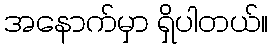
အနောက်မှာ ရှိပါတယ်။